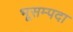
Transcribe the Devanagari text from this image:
भूसम्पदा